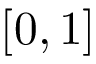
[ 0 , 1 ]